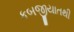
કબજીયાતથી